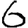
Digit: 6